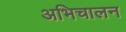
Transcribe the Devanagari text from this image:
अभिचालन